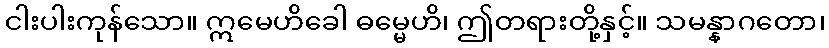
ငါးပါးကုန်သော။ ဣမေဟိခေါ ဓမ္မေဟိ၊ ဤတရားတို့နှင့်။ သမန္နာဂတော၊